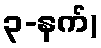
၃-နက်)